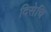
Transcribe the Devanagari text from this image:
दिसेचि